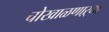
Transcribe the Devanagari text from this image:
चोखाळणाऱ्या